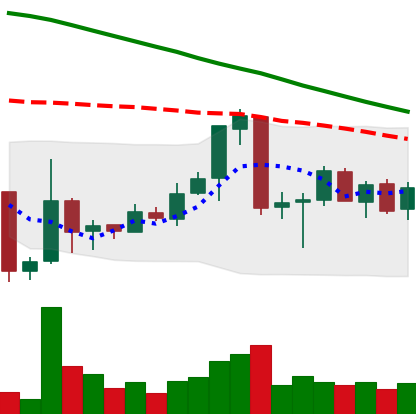
Ticker: ETC-USD
Chart end date: 2018-06-29
Forward return: 9.828%
Label: up_7plus